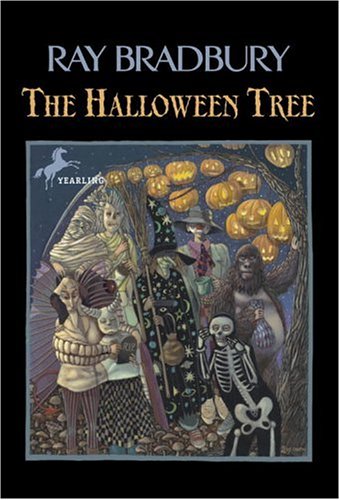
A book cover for The Halloween Tree; Ray Bradbury; Children's Books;